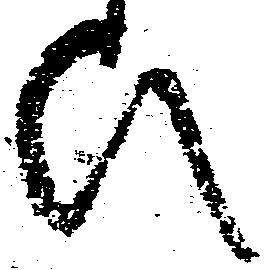
ひ